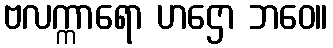
ဗလက္ကာရော ဟဌော ဘဝေ။